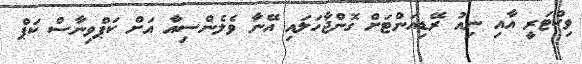
ވިކްޓަރީ އާއި ނިއު ރޭޑިއަންޓަށް ގޮންޖާހަލައި އޭނާ ވެލެންސިއާ އަށް ކަޕްވިނާސް ކަޕް